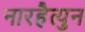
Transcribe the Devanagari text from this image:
नारहैत्युन